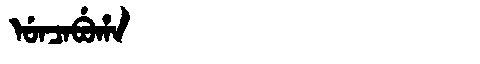
Manchu: ᡠᠨᠴᠠᠪᡠᡥᠠ
Romanization: UNCABUHA